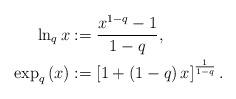
LaTeX: \begin{align*}\ln_{q}x & :=\frac{x^{1-q}-1}{1-q},\\\exp_{q}\left( x\right) & :=\left[ 1+\left( 1-q\right) x\right]^{\frac{1}{1-q}}.\end{align*}